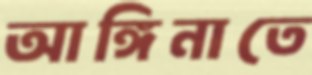
আঙ্গিনাতে